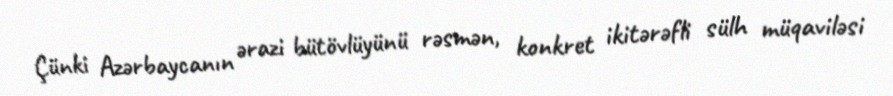
Çünki Azərbaycanın ərazi bütövlüyünü rəsmən, konkret ikitərəfli sülh müqaviləsi